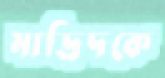
মাদ্রিদকে